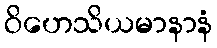
ဝိဟေသိယမာနာနံ